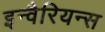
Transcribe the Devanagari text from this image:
इन्वैरियन्स